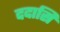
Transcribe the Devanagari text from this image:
ददासि